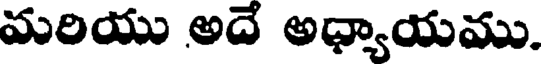
మరియు అదే అధ్యాయము.